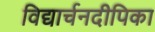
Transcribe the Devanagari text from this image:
विद्यार्चनदीपिका